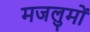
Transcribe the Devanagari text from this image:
मजलुमों